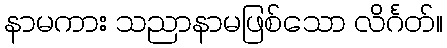
နာမကား သညာနာမဖြစ်သော လိင်္ဂတ်။